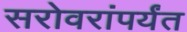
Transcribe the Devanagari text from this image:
सरोवरांपर्यंत